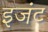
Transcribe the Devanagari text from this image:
इजंट